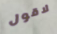
لاقول